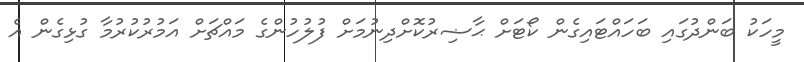
މީހަކު ބަންދުގައި ބަހައްޓައިގެން ކޯޓަށް ޙާޟިރުކޮށްދިނުމަށް ފުލުހުންގެ މައްޗަށް އަމުރުކުރުމާ ގުޅިގެން އެ